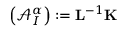
\left( \mathcal { A } _ { I } ^ { \alpha } \right) : = \mathbf { L } ^ { - 1 } \mathbf { K }